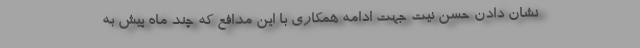
نشان دادن حسن نیت جهت ادامه همکاری با این مدافع که چند ماه پیش به